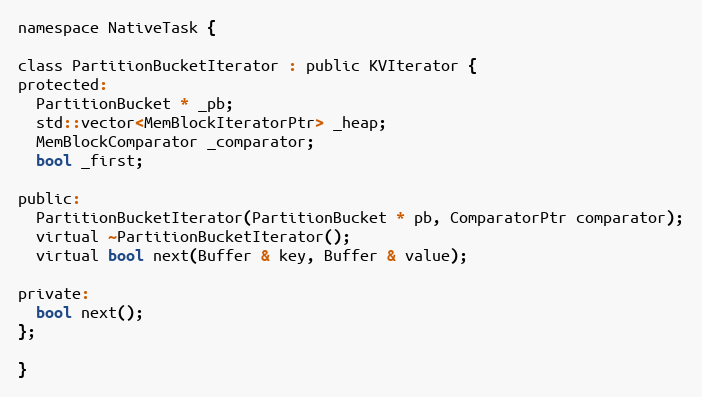
Language: C
namespace NativeTask {

class PartitionBucketIterator : public KVIterator {
protected:
  PartitionBucket * _pb;
  std::vector<MemBlockIteratorPtr> _heap;
  MemBlockComparator _comparator;
  bool _first;

public:
  PartitionBucketIterator(PartitionBucket * pb, ComparatorPtr comparator);
  virtual ~PartitionBucketIterator();
  virtual bool next(Buffer & key, Buffer & value);

private:
  bool next();
};

}